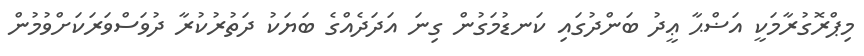
މިޕްރޮގުރާމަކީ އަޟްޙާ ޢީދު ބަންދުގައި ކަނޑުމަގުން ގިނަ އަދަދެއްގެ ބަޔަކު ދަތުރުކުރާ ދުވަސްވަރަކަށްވުމުން